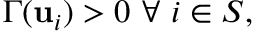
\Gamma ( \mathbf { u } _ { i } ) > 0 \ \forall \ i \in S ,